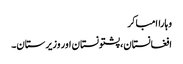
وہاراامباکر
افغانستان، پشتونستان اور وزیرستان۔